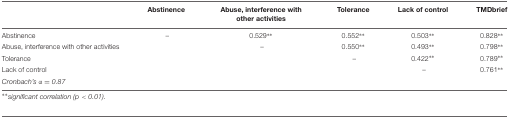
|  | Abstinence | Abuse, interference with other activities | Tolerance | Lack of control | TMDbrief |
 | --- | --- | --- | --- | --- | --- |
 | Abstinence | – | 0.529∗∗ | 0.552∗∗ | 0.503∗∗ | 0.828∗∗ |
 | Abuse, interference with other activities |  | – | 0.550∗∗ | 0.493∗∗ | 0.798∗∗ |
 | Tolerance |  |  | – | 0.422∗∗ | 0.789∗∗ |
 | Lack of control |  |  |  | – | 0.761∗∗ |
 | Cronbach’s α = 0.87 |  |  |  |  |  |